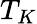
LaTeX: T_{K}